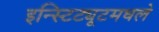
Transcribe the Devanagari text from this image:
इन्स्टिट्यूटमधले